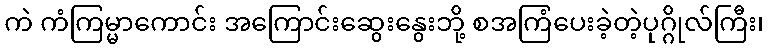
ကဲ ကံကြမ္မာကောင်း အကြောင်းဆွေးနွေးဘို့ စအကြံပေးခဲ့တဲ့ပုဂ္ဂိုလ်ကြီး၊